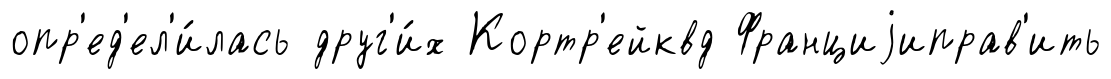
опр'ед'ел'и́лась друг'и́х Кортр'ейквд Франциjиправ'ить